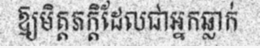
ឱ្យមិត្តភក្តិដែលជាអ្នកឆ្លាក់